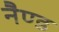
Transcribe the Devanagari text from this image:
नैण्ड